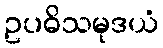
ဥပဓိသမုဒယံ